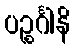
ပဉ္စင်္ဂါနိ